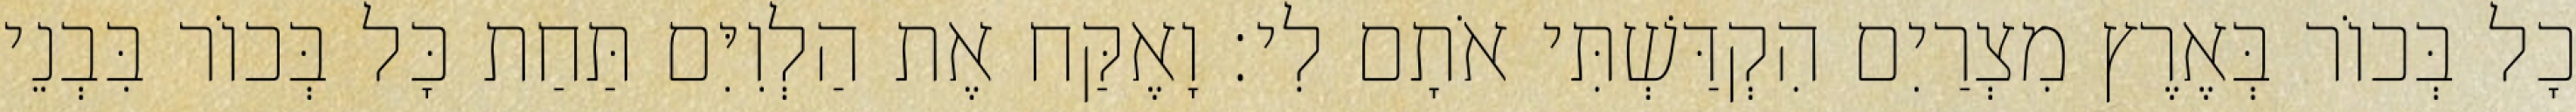
כָל בְּכוֹר בְּאֶרֶץ מִצְרַיִם הִקְדַּשְׁתִּי אֹתָם לִי׃ וָאֶקַּח אֶת הַלְוִיִּם תַּחַת כָּל בְּכוֹר בִּבְנֵי